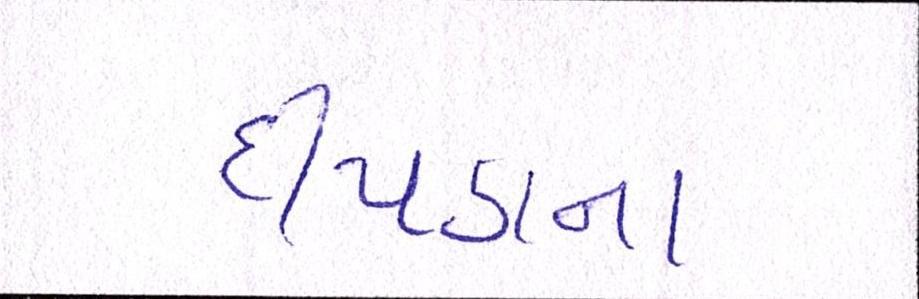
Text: દીપડાના